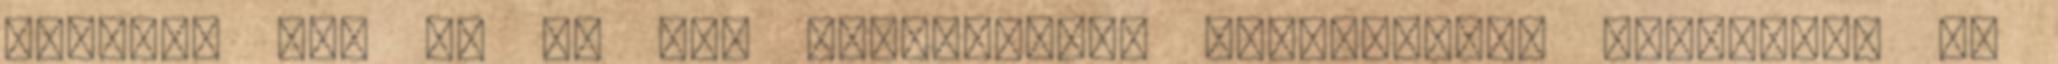
sárvári vár az év két legmelegebb hónapjában, júliusban és